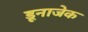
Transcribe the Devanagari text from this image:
डूनाजेक